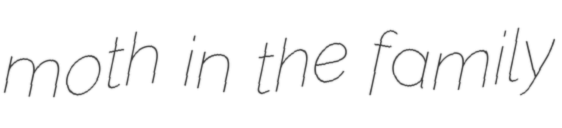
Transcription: moth in the family